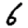
Digit: 6